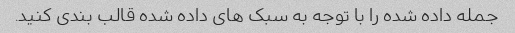
جمله داده شده را با توجه به سبک های داده شده قالب بندی کنید.